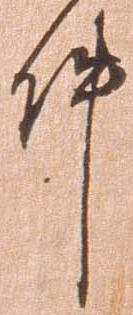
件